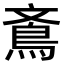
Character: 鴍